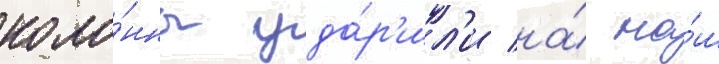
коло́нны уда́р'ил'и на́ на́ш